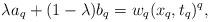
LaTeX: \begin{align*}\lambda a_q+(1-\lambda) b_q= w_q(x_q, t_q)^q, \end{align*}